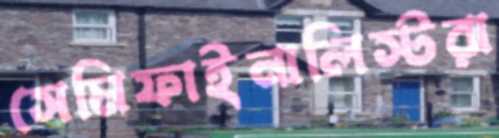
সেমিফাইনালিস্টরা